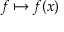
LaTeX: f \mapsto f ( x )